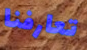
تعارفنا